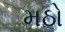
મઠો